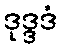
ဒုဒ္ဒဒံ